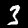
Label: 3